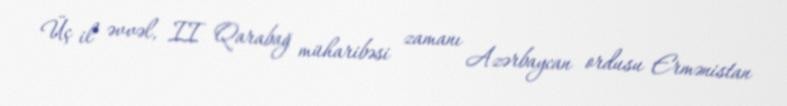
Üç il əvvəl, II Qarabağ müharibəsi zamanı Azərbaycan ordusu Ermənistan